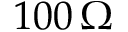
1 0 0 \, \Omega